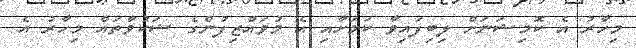
މިހާރު އެ ކޮމިޝަނަށް ލިބިފައިވާ ކަމަށާއި އެ މުވައްޒިފުންގެ ޝަކުވާތައް މިހާރު އެ